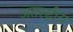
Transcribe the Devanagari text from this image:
अंतरष्ट्रीय